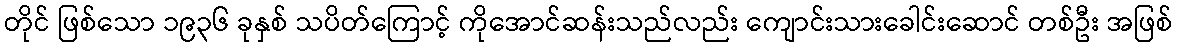
တိုင် ဖြစ်သော ၁၉၃၆ ခုနှစ် သပိတ်ကြောင့် ကိုအောင်ဆန်းသည်လည်း ကျောင်းသားခေါင်းဆောင် တစ်ဦး အဖြစ်